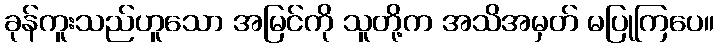
ခုန်ကူးသည်ဟူသော အမြင်ကို သူတို့က အသိအမှတ် မပြုကြပေ။